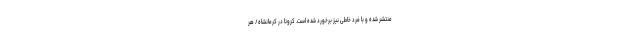
منتشر شده و با فرد خاطی نیز برخورد شده است. کرونا در کرمانشاه/ هر